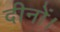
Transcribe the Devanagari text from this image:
दीनों।